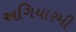
અગિયારમી